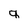
Character: q